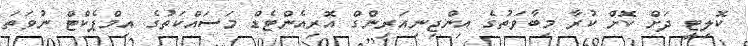
ކޮލިޓީ ދަށް ކޮށް ކުރާ މިބާވަތުގެ އިންޖިނިއަރިންގް އޮރިއެންޓެޑް މަސައްކަތުގެ އިމްޕެކްޓް ނުވަތަ